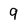
Character: 9